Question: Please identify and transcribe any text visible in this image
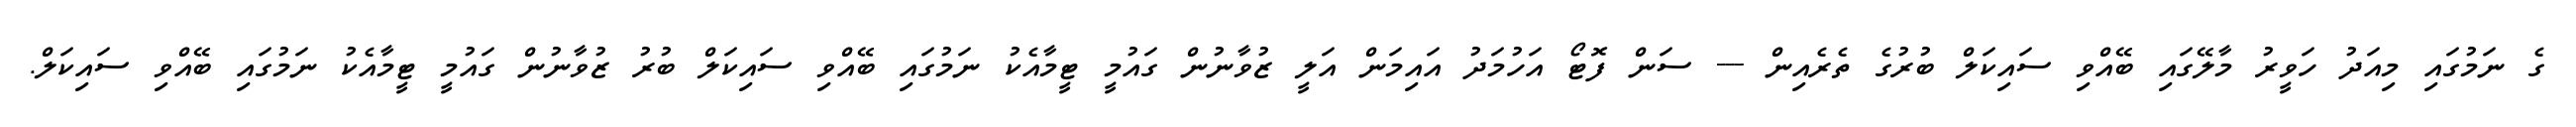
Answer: ގެ ނަމުގައި މިއަދު ހަވީރު މާލޭގައި ބޭއްވި ސައިކަލް ބުރުގެ ތެރެއިން --- ސަން ފޮޓޯ އަހުމަދު އައިމަން އަލީ ޒުވާނުން ގައުމީ ޓީމާއެކު ނަމުގައި ބޭއްވި ސައިކަލް ބުރު ޒުވާނުން ގައުމީ ޓީމާއެކު ނަމުގައި ބޭއްވި ސައިކަލް.